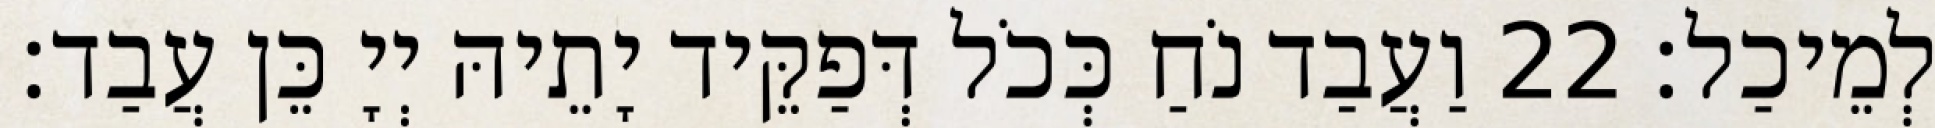
לְמֵיכַל׃ 22 וַעֲבַד נֹחַ כְּכֹל דְּפַקֵּיד יָתֵיהּ יְיָ כֵּן עֲבַד׃